Papers set at the Examination for Leaving Certificates, 1892
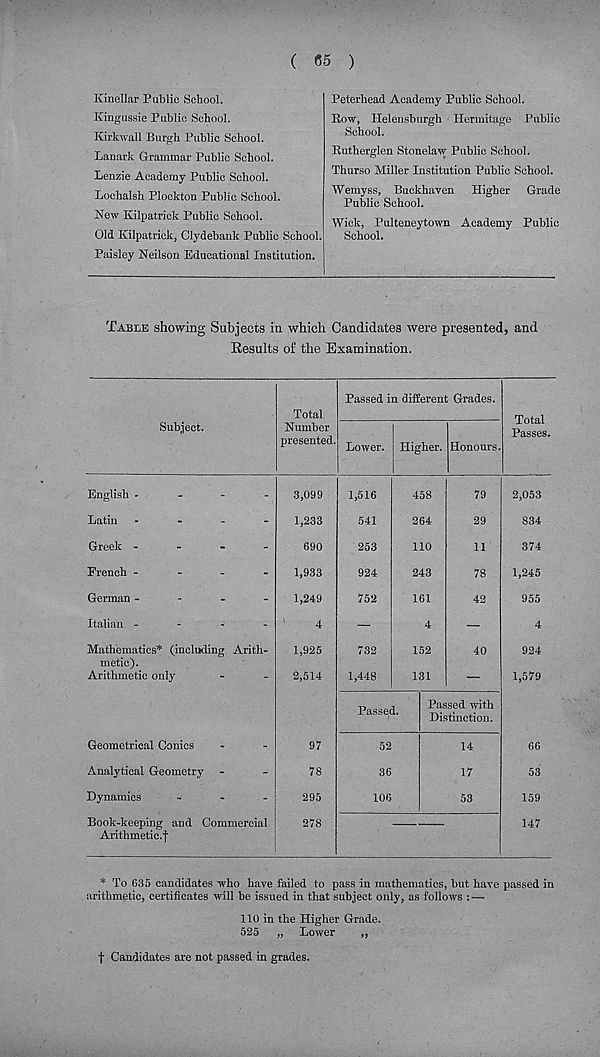
( 65 )
Kinellar Public School.
Kingussie Public School.
Kirkwall Burgh Public School.
Lanark Grammar Public School.
Lenzie Academy Public School.
Lochalsh Plockton Public School.
New Kilpatrick Public School.
Old Kilpatrick, Clydebank Public School.
Paisley Neilson Educational Institution.
Peterhead Academy Public School.
Row, Helensburgh Hermitage Public
School.
Rutherglen Stonelaw Public School.
Thurso Miller Institution Public School.
Wemyss, Buckhaven Higher Grade
Public School.
Wick, Pulteneytown Academy Public
School.
Table showing Subjects in which Candidates were presented, and
Results of the Examination.
Subject.
Total
Number
presented.
Passed in different Grades.
Lower. Higher. Honours
Total
Passes.
English -
-
-
-
Latin -
Greek -
-
-
-
French -
German -
-
-
-
Italian -
-
-
-
Mathematics* (including Arith-
metic).
Arithmetic only
Geometrical Conics
Analytical Geometry
Dynamics
_
.
_
Book-keeping and Commercial
Arithmetic.f
3,099
1,233
690
1,933
1,249
4
1,925
2,514
97
78
295
278
1,516
541
253
924
752
732
1,448
458
264
110
243
161
4
152
131
79
29
11
78
42
40
Passed.
52
36
106
Passed with
Distinction.
14
17
53
2,053
834
374
1,245
955
4
924
1,579
66
53
159
147
* To 635 candidates who have failed to pass in mathematics, but have passed in
arithmetic, certificates will be issued in that subject only, as follows : —
110 in the Higher Grade.
525 „ Lower
„
f Candidates are not passed in grades.